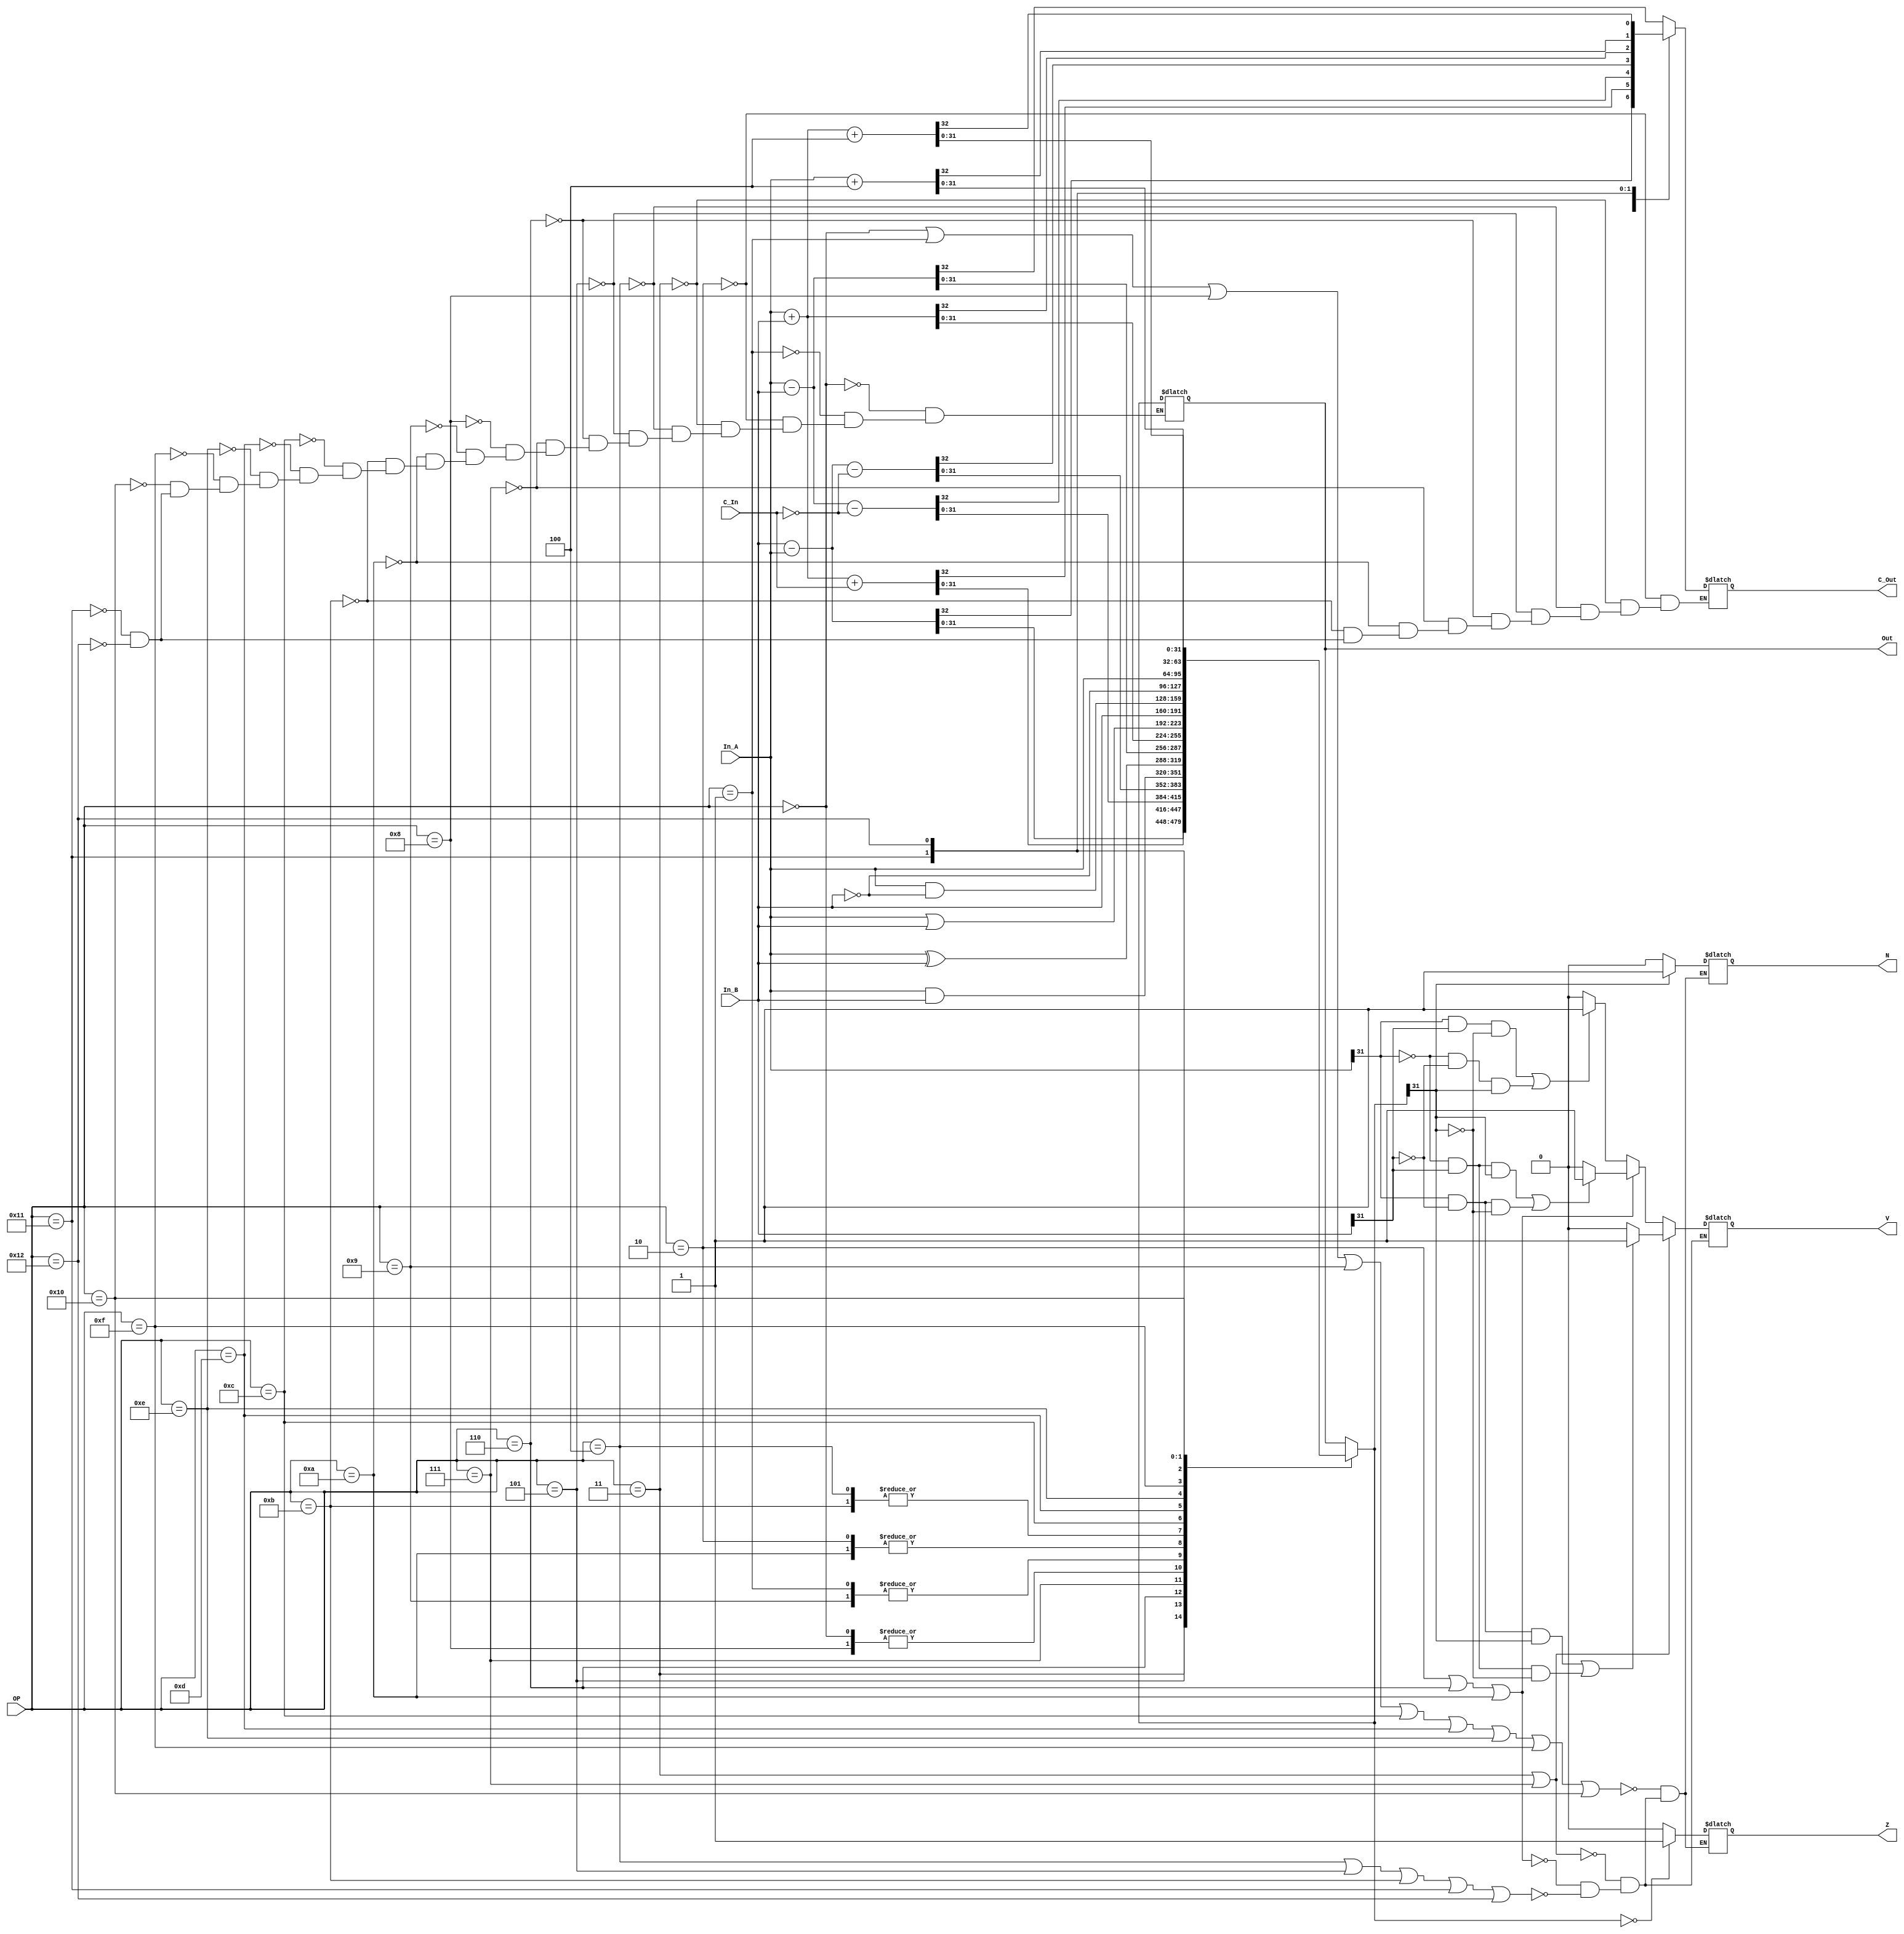
// module ALU_32bit (output reg[31:0] Out, output reg Z, V, N, C_Out, input [31:0] In_A, In_B, input [4:0] OP, input C_In);
module ALU_32bit (output reg[31:0] Out, output reg N, Z, C_Out, V, input [31:0] In_A, In_B, input [4:0] OP, input C_In);
    always @ (In_A, In_B, OP)   //Cada vez que cambie In_A, In_B o OP
    begin
        case(OP)
        5'b00000:   Out = In_A & In_B;            
        5'b00001:   Out = In_A ^ In_B;            
        5'b00010:   {C_Out,Out} = In_A - In_B;           
        5'b00011:   {C_Out,Out} = In_B - In_A;           
        5'b00100:   {C_Out,Out} = In_A + In_B;            
        5'b00101:   {C_Out,Out} = In_A + In_B + C_In;    
        5'b00110:   {C_Out,Out} = In_A - In_B - ~C_In;    
        5'b00111:   {C_Out,Out} = In_B - In_A - ~C_In;     
        5'b01000:   Out = In_A & In_B;            //AND, update flags after
        5'b01001:   Out = In_A ^ In_B;            //XOR, update flags after
        5'b01010:   {C_Out,Out} = In_A - In_B;    //Resta, update flags after
        5'b01011:   {C_Out,Out} = In_A + In_B;    //Suma, update flags after
        5'b01100:   Out = In_A | In_B;           
        5'b01101:   Out = In_B;                
        5'b01110:   Out = In_A & ~In_B;         
        5'b01111:   Out = ~In_B;                  
        5'b10000:   Out = In_A;                 
        5'b10001:   {C_Out,Out} = In_A + 4;               
        5'b10010:   {C_Out,Out} = In_A + In_B + 4;       
        endcase
        //ADD
        if (OP == 4 || OP == 5 || OP == 11 || OP == 17 || OP == 18)
            begin
                if (Out == 0)
                    Z = 1;
                else
                    Z = 0;
                if (Out [31] == 1)
                    N = 1;
                else
                    N = 0;
                if ((In_A [31] == 1 && In_B [31] == 1 && Out [31] == 0)||(In_A [31] == 0 && In_B [31] == 0 && Out [31] == 1))
                    V = 1;
                else 
                    V = 0;
            end
        //SUB A - B
        if (OP == 2 || OP == 6 || OP == 10)
            begin
                if (Out == 0)
                    Z = 1;
                else
                    Z = 0;
                if (Out [31] == 1)
                    N = 1;
                else
                    N = 0;
                if ((In_A [31] == 0 && In_B [31] == 1 && Out [31] == 1)||(In_A [31] == 1 && In_B [31] == 0 && Out [31] == 0))
                    V = 1;
                else 
                    V = 0;
            end
        //SUB B - A
        if (OP == 3 || OP == 7)
            begin
                if (Out == 0)
                    Z = 1;
                else
                    Z = 0;
                if (Out [31] == 1)
                    N = 1;
                else
                    N = 0;
                if ((In_A [31] == 1 && In_B [31] == 0 && Out [31] == 1)||(In_A [31] == 0 && In_B [31] == 1 && Out [31] == 0))
                    V = 1;
                else 
                    V = 0;
            end
        //Logical
        if (OP == 0 || OP == 1 || OP == 8 || OP == 9 || OP == 12 || OP == 13 || OP == 14 || OP == 15 || OP == 16)
            begin
                if (Out == 0)
                    Z = 1;
                else
                    Z = 0;
                if (Out [31] == 1)
                    N = 1;
                else
                    N = 0;
            end
    end
endmodule
//-----Modulo de prueba-----//
module test_ALU_32bit;
  reg [31:0] A, B;                             
  reg [4:0] X;                               
  reg C;                                  
  wire [31:0] Y; 
  wire Zero, Ovf, Neg, Co;
  parameter timer = 50;                          
  ALU_32bit testing (Y, Zero, Ovf, Neg, Co, A, B, X, C);
  initial #timer $finish;                       
  initial 
  begin
    A = 4294967295;                                     
    B = 0;  
    C = 0;
    X = 5'b00000;                          
    repeat (18) #2 X = X + 5'b00001;  
  end
  initial begin
    $display (" Op      Input_1                            Input_2                          Carry Z   V   N   C   Output                                          Tiempo ");
    $monitor (" %b   %b   %b   %b   %b   %b   %b   %b   %b %d ", X, A, B, C, Zero, Ovf, Neg, Co, Y, $time);
  end
endmodule